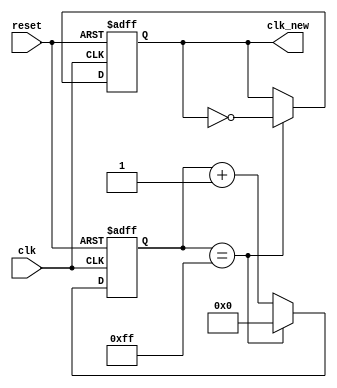
module fre_divider_192Khz(
    input clk,
    output clk_new,
    input reset
    );
    
reg clk_new;
reg [26:0] count_n;
reg [26:0] count_p;
        
always @(count_p)
begin
    count_n = count_p + 27'd1;
end 
       
always @(posedge clk or negedge reset)
begin
    if (~reset)
    begin
        count_p <= 27'd0;
        clk_new <= 0;
    end
    else
    begin
        count_p <= count_n;
        if (count_p == 27'd255)
        begin
            count_p <= 27'd0;
            clk_new <= ~clk_new;
        end
    end
end
  
endmodule